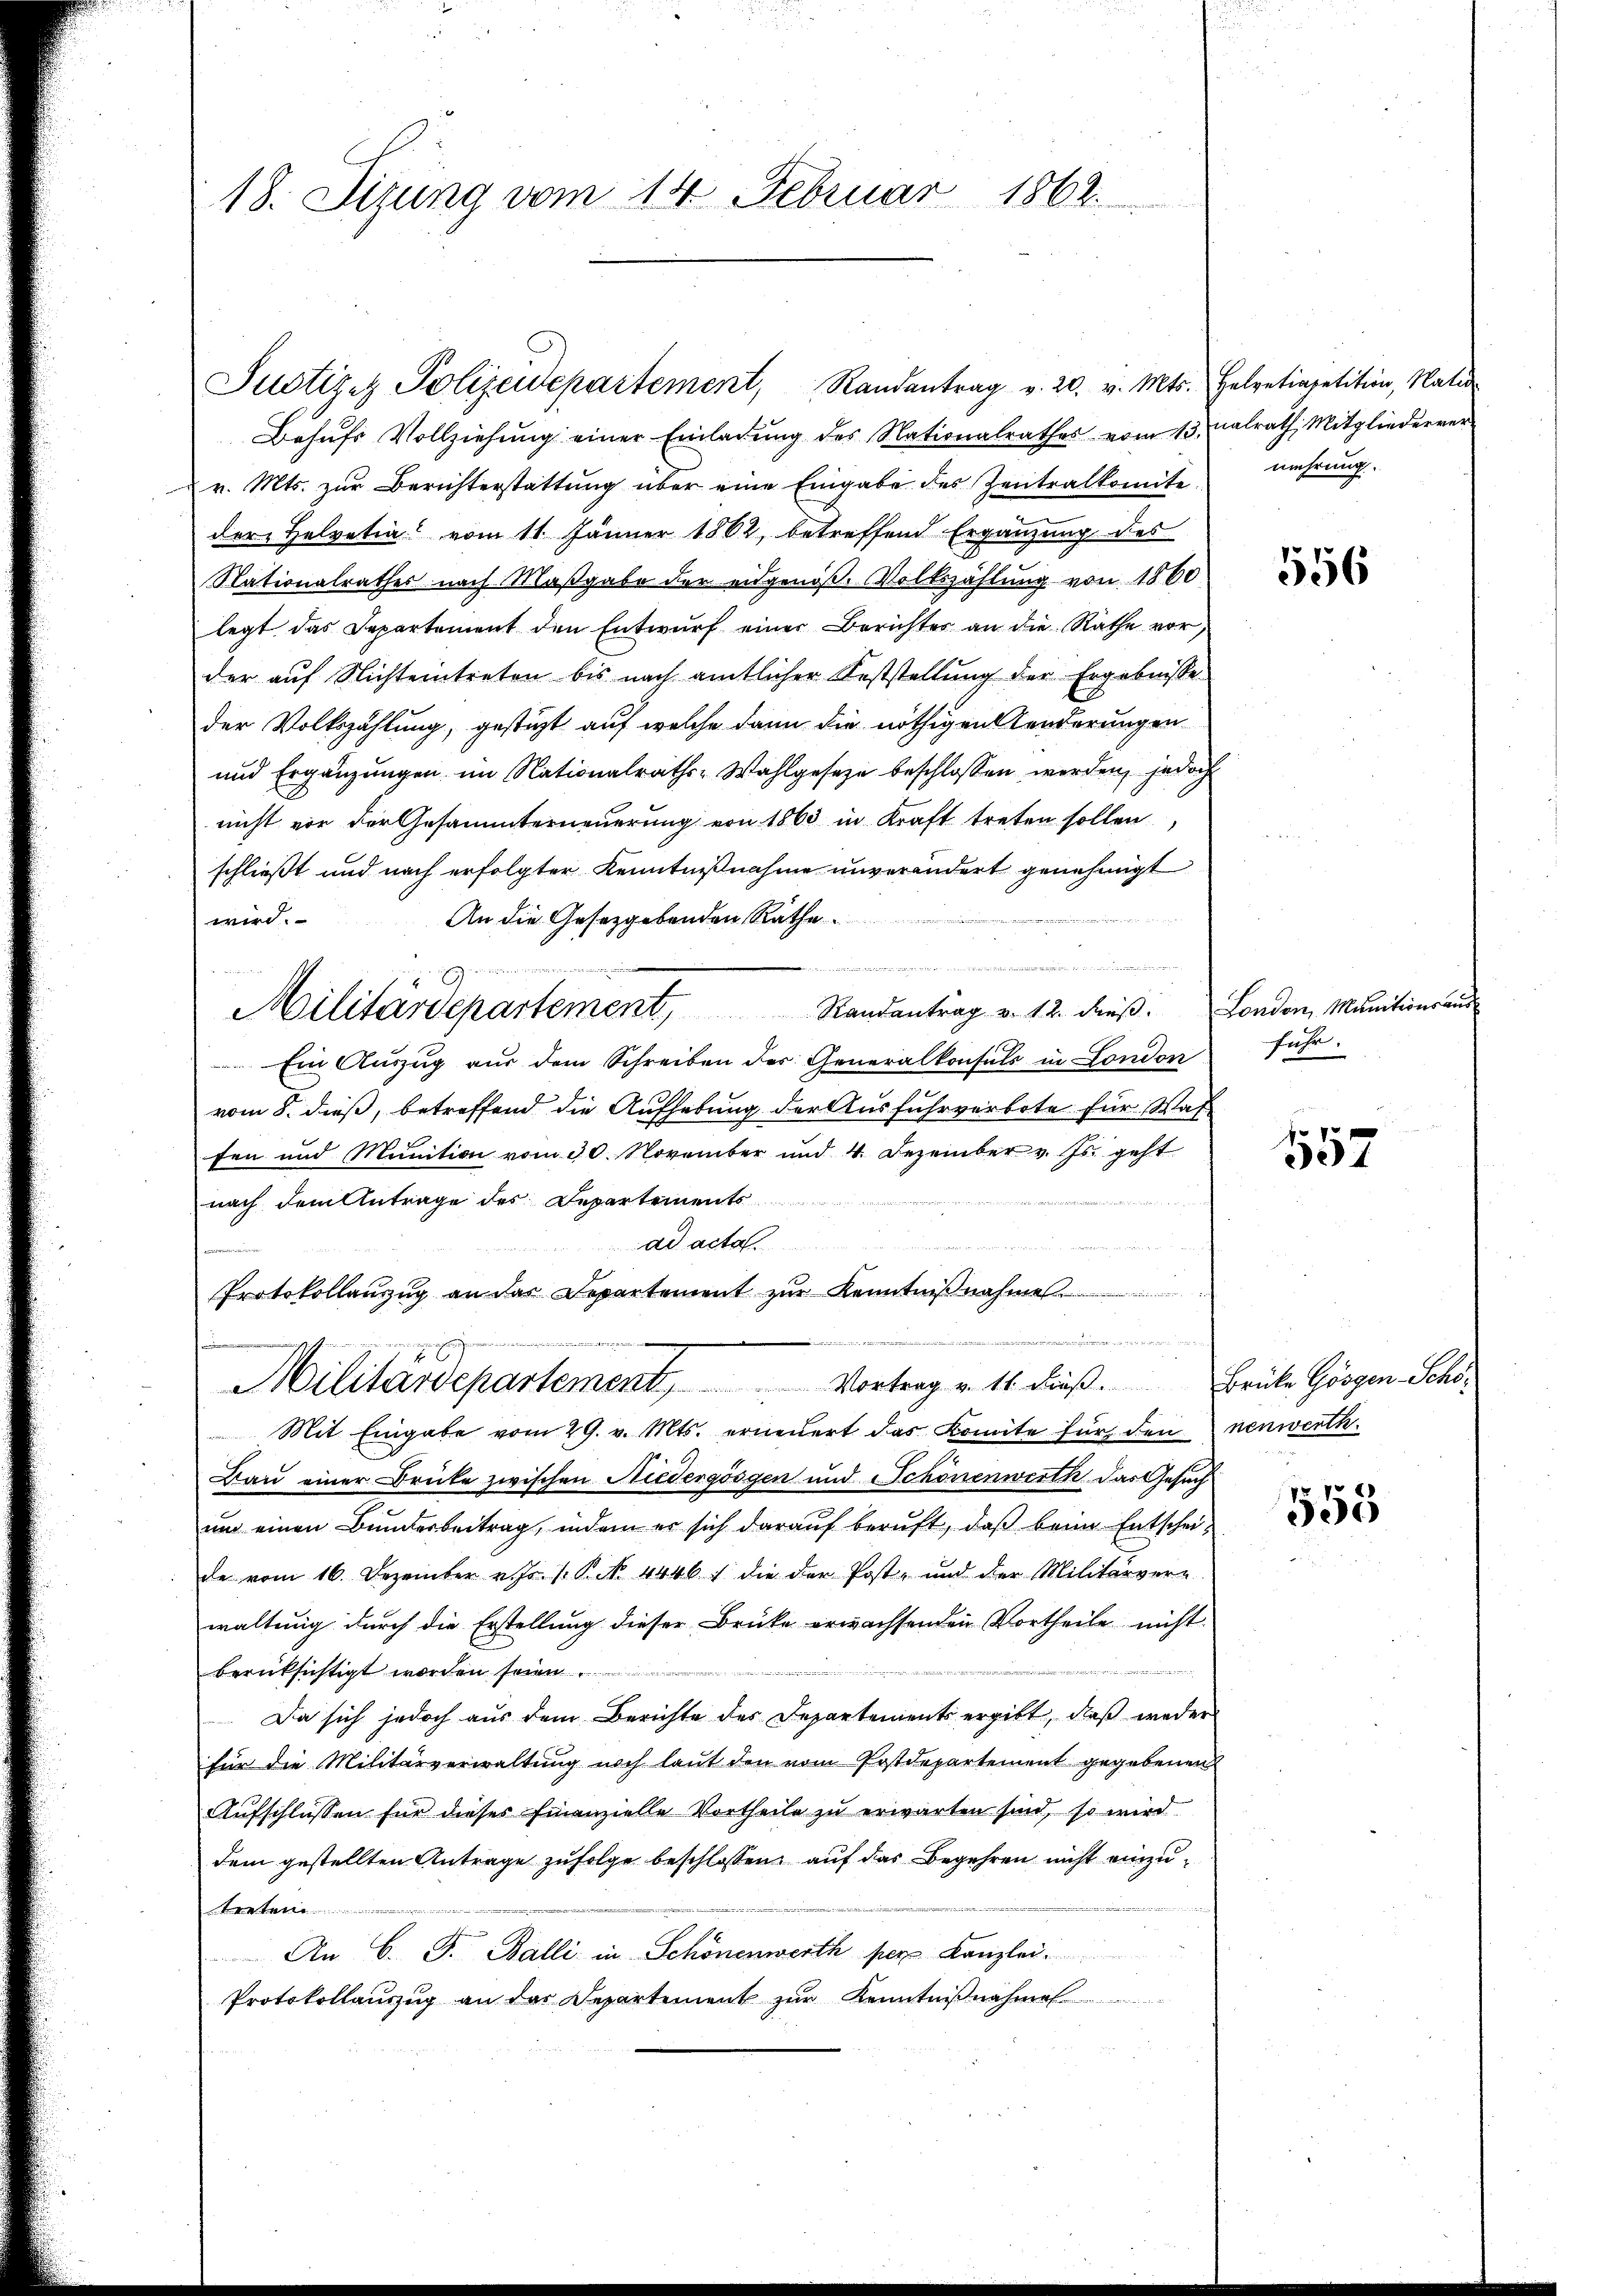
18. Sizung vom 14. Februar 1862.

Justizez Polizeidepartement, Randantrag v. 20. v. Mts. Helvetiapetition, Natur
Behŭfs Vollziehŭng einer Einladŭng des Nationalrathes vom 13.
 v. Mts. zur Berichterstattung über eine Eingabe des Zentralkomite
der Helvetia vom 11. Jänner 1862, betreffend Ergänzung des
Nationalrathes nach Maßgabe der eidgenoße Volkszählung von 1860
legt das Separtement den Entwurf einer Berichtes an die Rathe vor,
der auf Nichteintreten bis nach amtlicher Feststellung der Ergebnisse
der Volkszählung, gestüzt auf welche dann die nöthigen Aenderungen
und Ergänzungen im Nationalraths-Wahlgeseze beschlossen werden, jedoch
nicht vor der Gesammterneuerung von 1863 in Kraft treten sollen,
schließt und nach erfolgter Kenntnißnahme unverändert genehmigt
An die Gesetzgebenden Räthe
wird.

sunter der
e
Militärdepartement, Randantrag v. 12. dieβ. London, Munitionsaus
Ein Auszug aus dem Schreiben des Generalkonsuls in London
vom 8. dieß, betreffend die Aufhebung der Ausfuhrverbote für Wasfen und Munition vom 30. November und 4. Dezember v. Js. geht
nach dem Antrage des Departements
ad acta.
Protokollanzug an das Departement zŭr Kenntniβnahme
e

Militärdepartement, Vortrag u. 11. dieβ. Brücke Gösgen-Schö¬
Mit Eingabe vom 29. v. Mts. erneuert das Komite für den nenwerth.
Bau einer Drücke zwischen Niedergösgen und Schönenwerth das Gesuch
um einen Bundesbeitrag, indem er sich darauf beruft, daß beim Entscheide vom 16. Dezember v. Js. 1. P. N. 4446) die der Post- und der Militärver-
waltung durch die Erstellung dieser Brüke erwachsenden Vortheile nicht
2
berücksichtigt worden seien
Da sich jedoch aus dem Berichte des Departements ergibt, dieß weder
für die Militärverwaltung noch laut den vom Postdepartement gegebenen
Aufschlüssen für dieser Finanzielle Vortheile zu erwarten sind, so wird
dem gestellten Antrage zufolge beschlossen, auf das Begehren nicht einzutreten
An C. J. Balli in Schönenwerth per Kanzlei
Protokollauszug an der Departement zur Kenntnißnahme

nalrath Mitgliederver
mehrung.

556

fuhr.

fxx
4

555